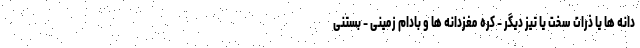
دانه ها یا ذرات سخت یا تیز دیگر - کره مغزدانه ها و بادام زمینی - بستنی